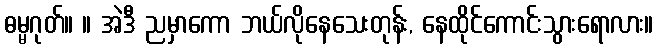
ဓမ္မဂုတ်။ ။ အဲဒီ ညမှာကော ဘယ်လိုနေသေးတုန်း, နေထိုင်ကောင်းသွားရောလား။